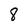
Character: 8